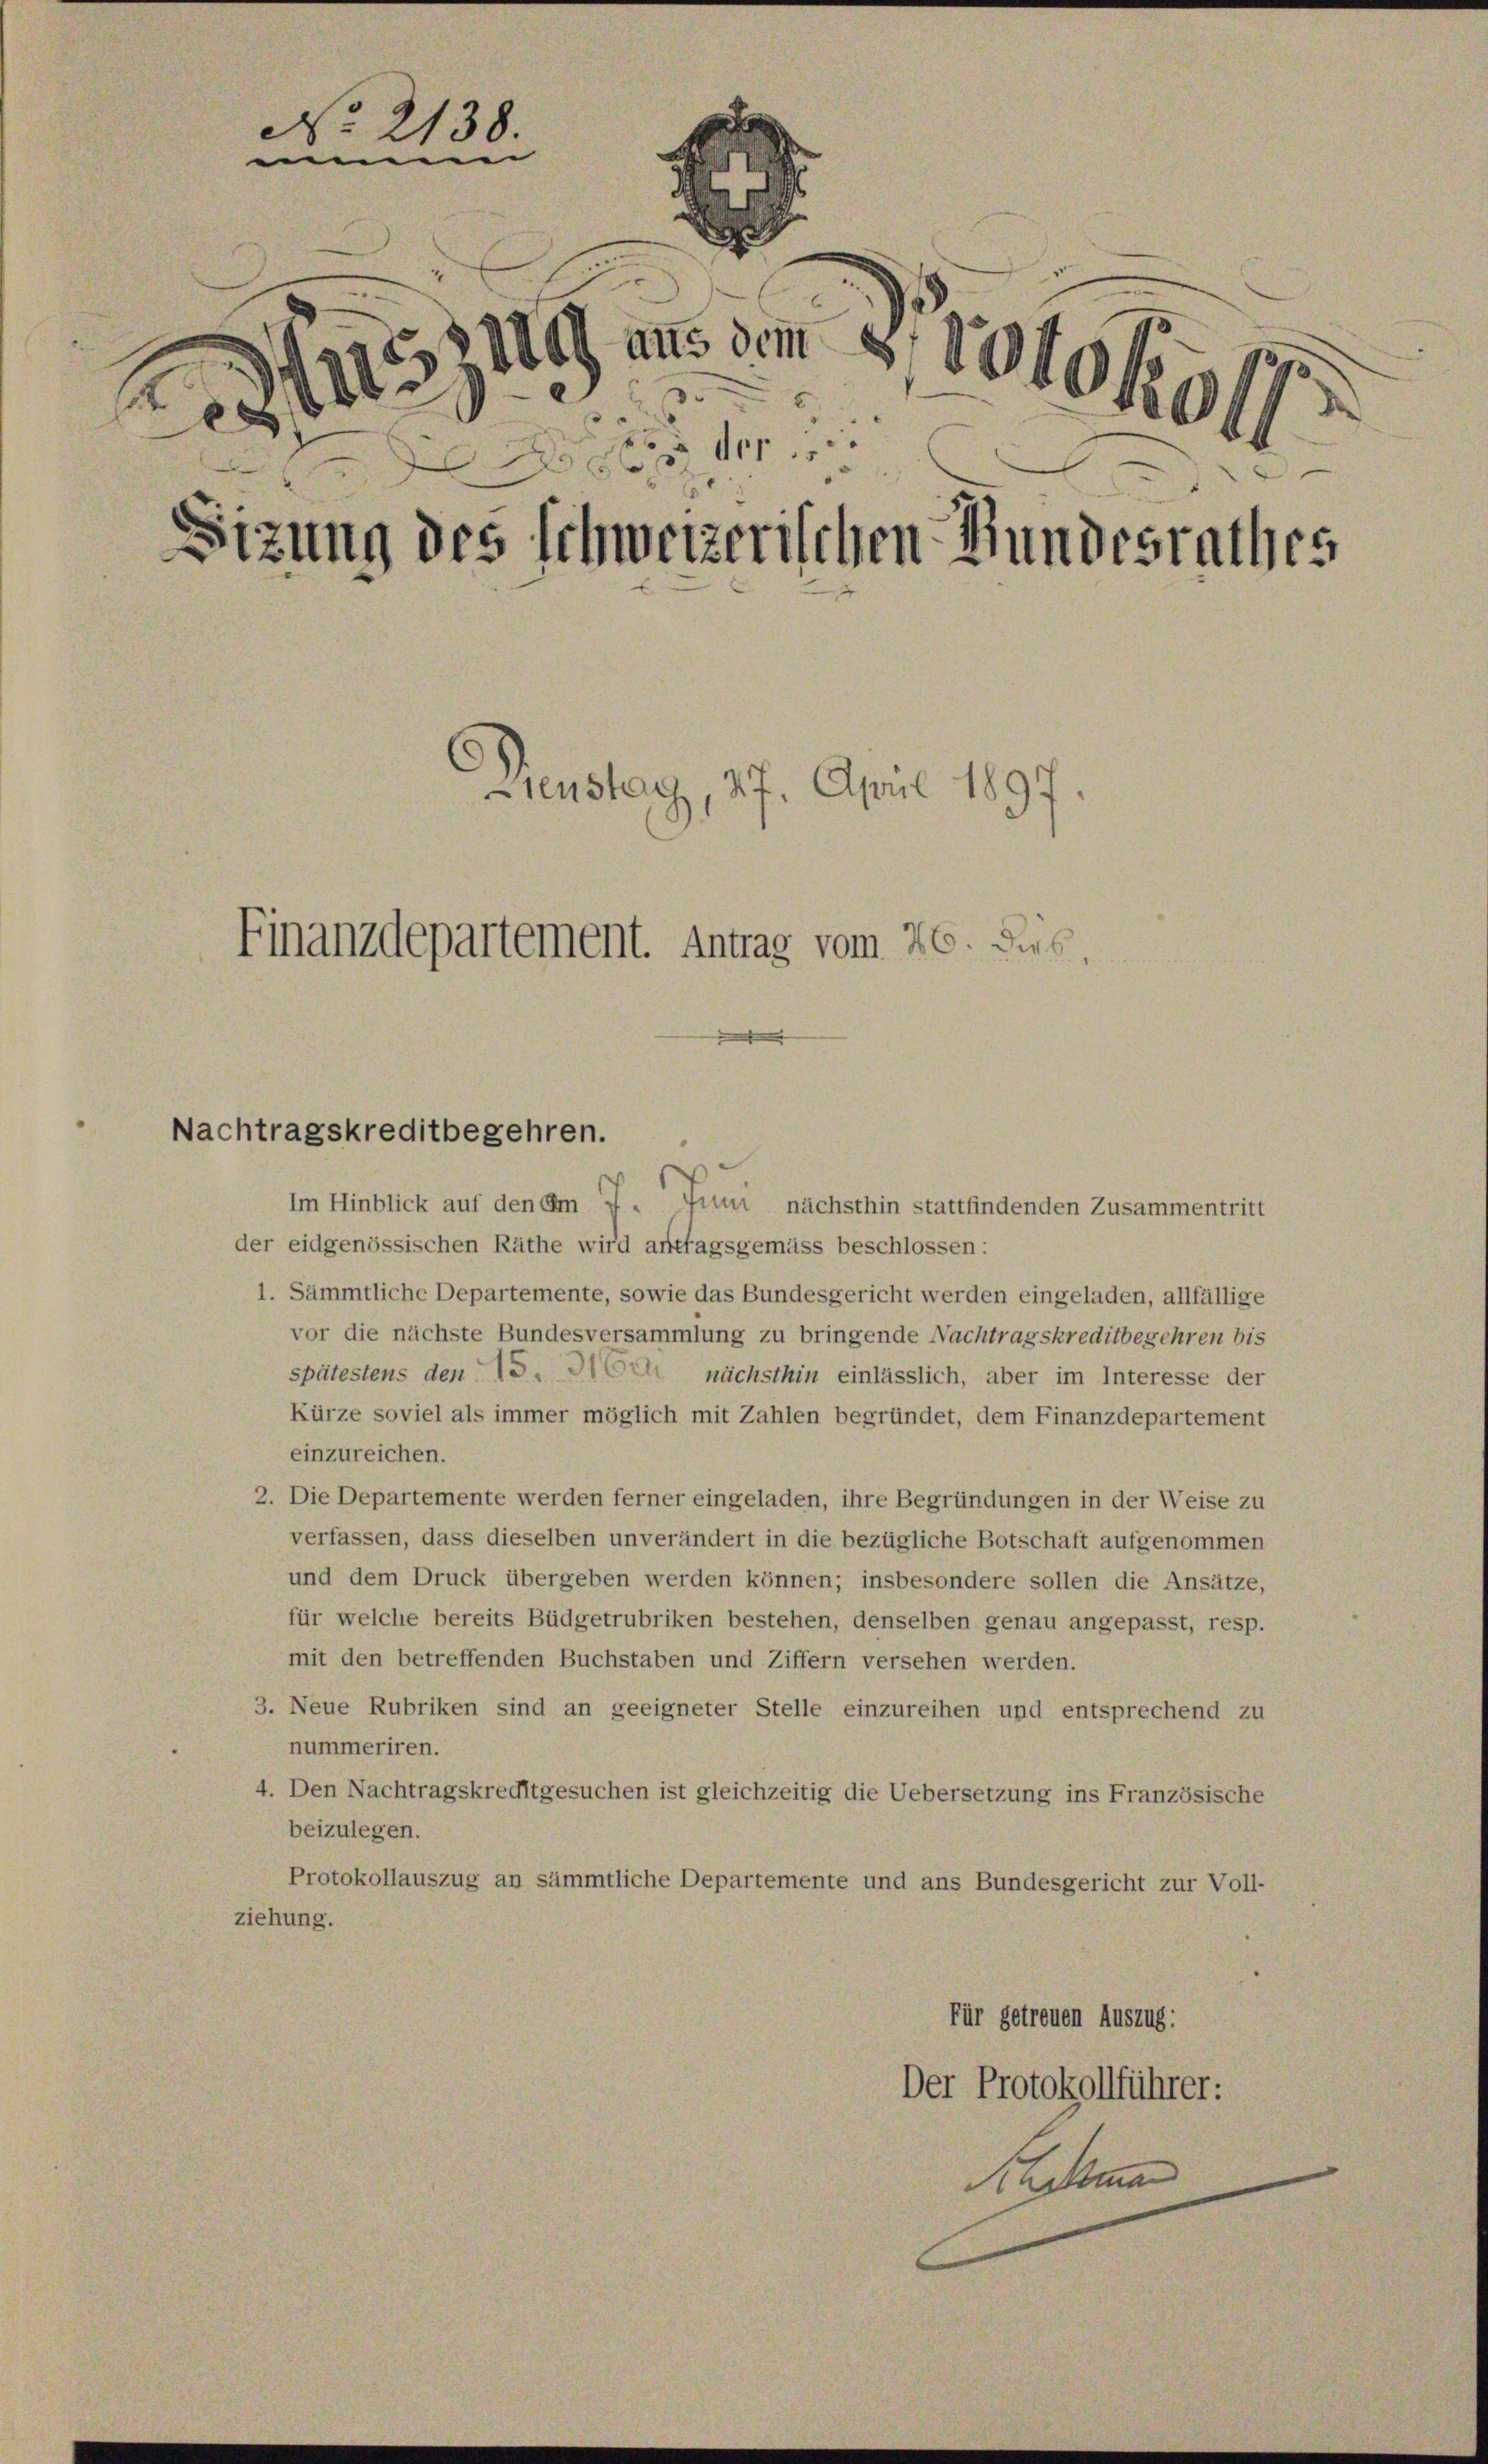
No. 2138.
mnn
2. Auch aus am 2., 18101/5 19
 der
s
Sizung des schweizerischen Bundesrathes
Dienstag, 27. April 1897.
Finanzdepartement. Antrag vom 26. Jus

Im Hinblick auf den Am 7. Juni nächsthin stattfindenden Zusammentritt
der eidgenössischen Räthe wird antragsgemäss beschlossen:
1. Sämmtliche Departemente, sowie das Bundesgericht werden eingeladen, allfällige
vor die nächste Bundesversammlung zu bringende Nachtragskreditbegehren bis
spätestens den 15. die nächsthin einlässlich, aber im Interesse der
Kürze soviel als immer möglich mit Zahlen begründet, dem Finanzdepartement
einzureichen.
2. Die Departemente werden ferner eingeladen, ihre Begründungen in der Weise zu
verfassen, dass dieselben unverändert in die bezügliche Botschaft aufgenommen
und dem Druck übergeben werden können; insbesondere sollen die Ansätze,
für welche bereits Büdgetrubriken bestehen, denselben genau angepasst, resp.
mit den betreffenden Buchstaben und Ziffern versehen werden.
3. Neue Rubriken sind an geeigneter Stelle einzureihen und entsprechend zu
nummeriren.
4. Den Nachtragskreditgesuchen ist gleichzeitig die Uebersetzung ins Französische
beizulegen.
Protokollauszug an sämmtliche Departemente und ans Bundesgericht zur Voll-
ziehung.
Für getreuen Auszug:
Der Protokollführer:
Scheman

Nachtragskreditbegehren.